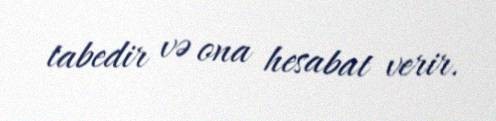
tabedir və ona hesabat verir.